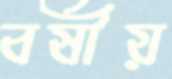
বর্ষীয়